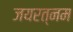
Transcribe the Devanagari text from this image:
जयरत्नम